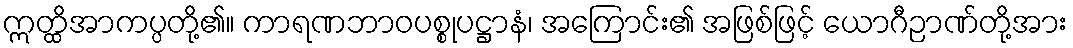
ဣတ္ထိအာကပ္ပတို့၏။ ကာရဏဘာဝပစ္စုပဋ္ဌာနံ၊ အကြောင်း၏ အဖြစ်ဖြင့် ယောဂီဉာဏ်တို့အား